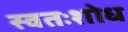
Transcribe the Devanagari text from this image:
स्वतःशोध